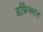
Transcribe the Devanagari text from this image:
डफ्रैिक्शन